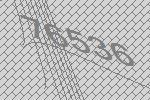
76536